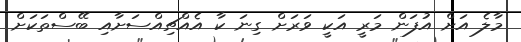
މާލެ އަށް އުފަން މަރީ އަކީ ވަރަށް ގިނަ ކާ އެއްޗިއްސަށާއި ބޭސްތަކަށް